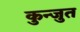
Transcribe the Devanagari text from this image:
कुन्जुत